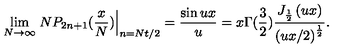
\lim _ { N \rightarrow \infty } \left. N P _ { 2 n + 1 } ( \frac { x } { N } ) \right| _ { n = N t / 2 } = \frac { \sin u x } { u } = x \Gamma ( \frac 3 2 ) \frac { J _ { \frac 1 2 } \left( u x \right) } { \left( u x / 2 \right) ^ { \frac 1 2 } } .